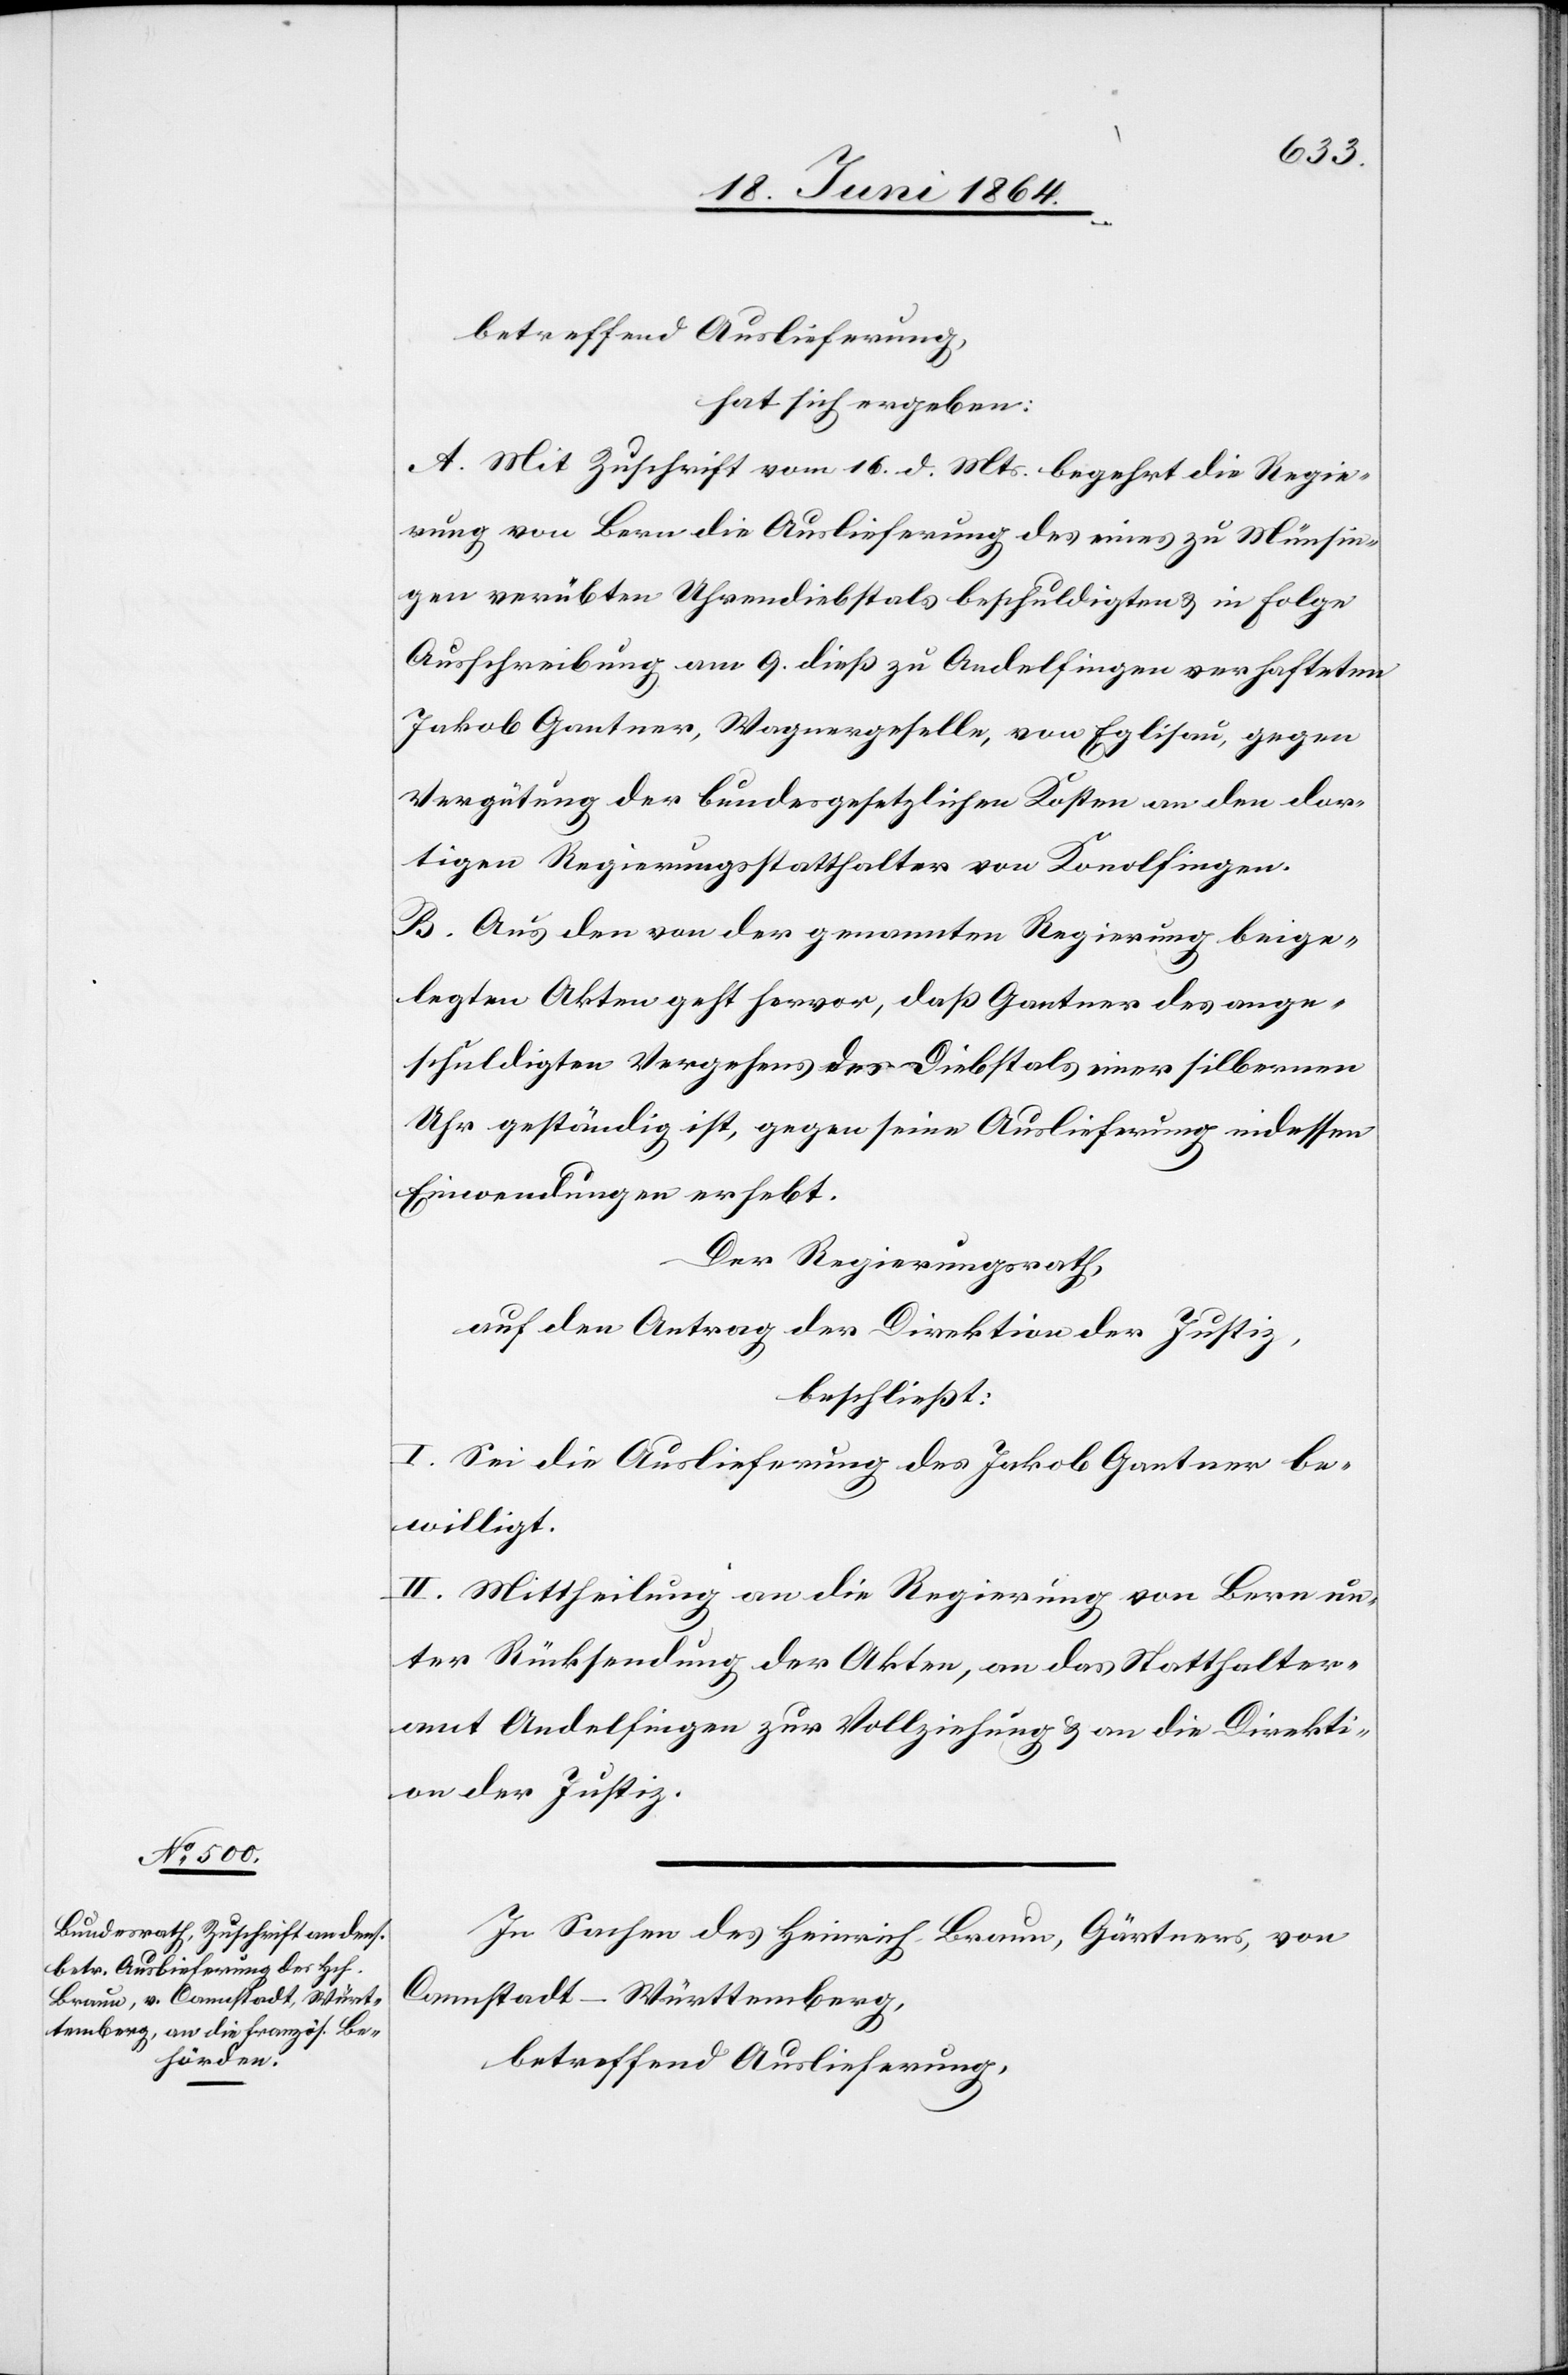
hat sich ergeben:
A. Mit Zuschrift vom 16. d. Mts. begehrt die Regie¬
rung von Bern die Auslieferung des eines zu Münsin¬
gen verübten Uhrendiebstals beschuldigten u. in Folge
Ausschreibung am 9. dieß zu Andelfingen verhafteten
Jakob Gantner, Wagnergeselle, von Eglisau, gegen
Vergütung der bundesgesetzlichen Kosten an den dor¬
tigen Regierungsstatthalter von Konolfingen.
B. Aus den von der genannten Regierung beige¬
legten Akten geht hervor, daß Gantner des ange¬
schuldigten Vergehens des Diebstals einer silbernen
Uhr geständig ist, gegen seine Auslieferung indessen
Einwendungen erhebt.
Der Regierungsrath,
auf den Antrag der Direktion der Justiz,
beschließt:
I. Sei die Auslieferung des Jakob Gantner be¬
willigt.
II. Mittheilung an die Regierung von Bern un¬
ter Rücksendung der Akten, an das Statthalter¬
amt Andelfingen zur Vollziehung u. an die Direkti¬
on der Justiz.
In Sachen des Heinrich Braun, Gärtners, von
Cannstadt–Würrtemberg,
betreffend Auslieferung,